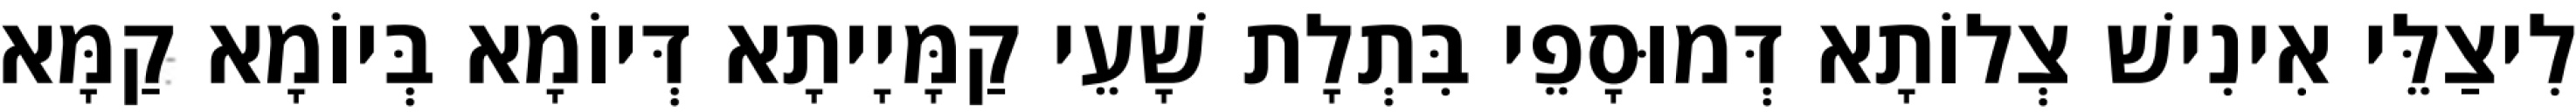
לִיצַלֵּי אִינִישׁ צְלוֹתָא דְּמוּסָפֵי בִּתְלָת שָׁעֵי קַמָּיָיתָא דְּיוֹמָא בְּיוֹמָא קַמָּא